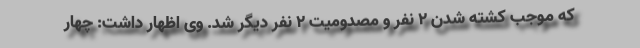
که موجب کشته شدن ۲ نفر و مصدومیت ۲ نفر دیگر شد. وی اظهار داشت: چهار